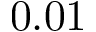
0 . 0 1